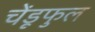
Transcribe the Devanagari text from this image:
चेंडूफुल